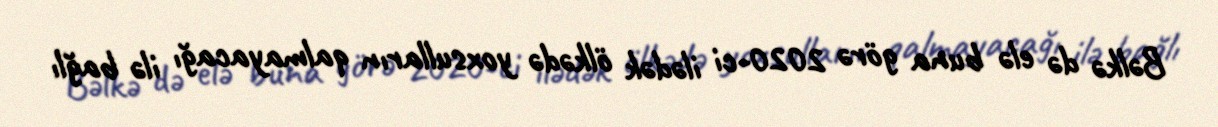
Bəlkə də elə buna görə 2020-ci ilədək ölkədə yoxsulların qalmayacağı ilə bağlı